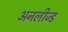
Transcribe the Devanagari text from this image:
अनलीज्ड